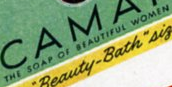
THE SOAP OF BEAUTIFUL WOMEN